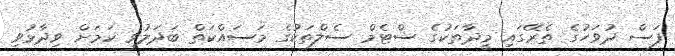
ފަސް ދުވަހުގެ ތެރޭގައި މީދާތަކުގެ ސްޓެމް ސެލްތަކުގެ މަސައްކަތް ބަދަލުވި ކަމަށް ވިދާޅުވި